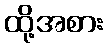
ထို့အစား